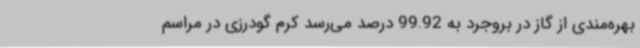
بهره‌مندی از گاز در بروجرد به 99.92 درصد می‌رسد کرم گودرزی در مراسم